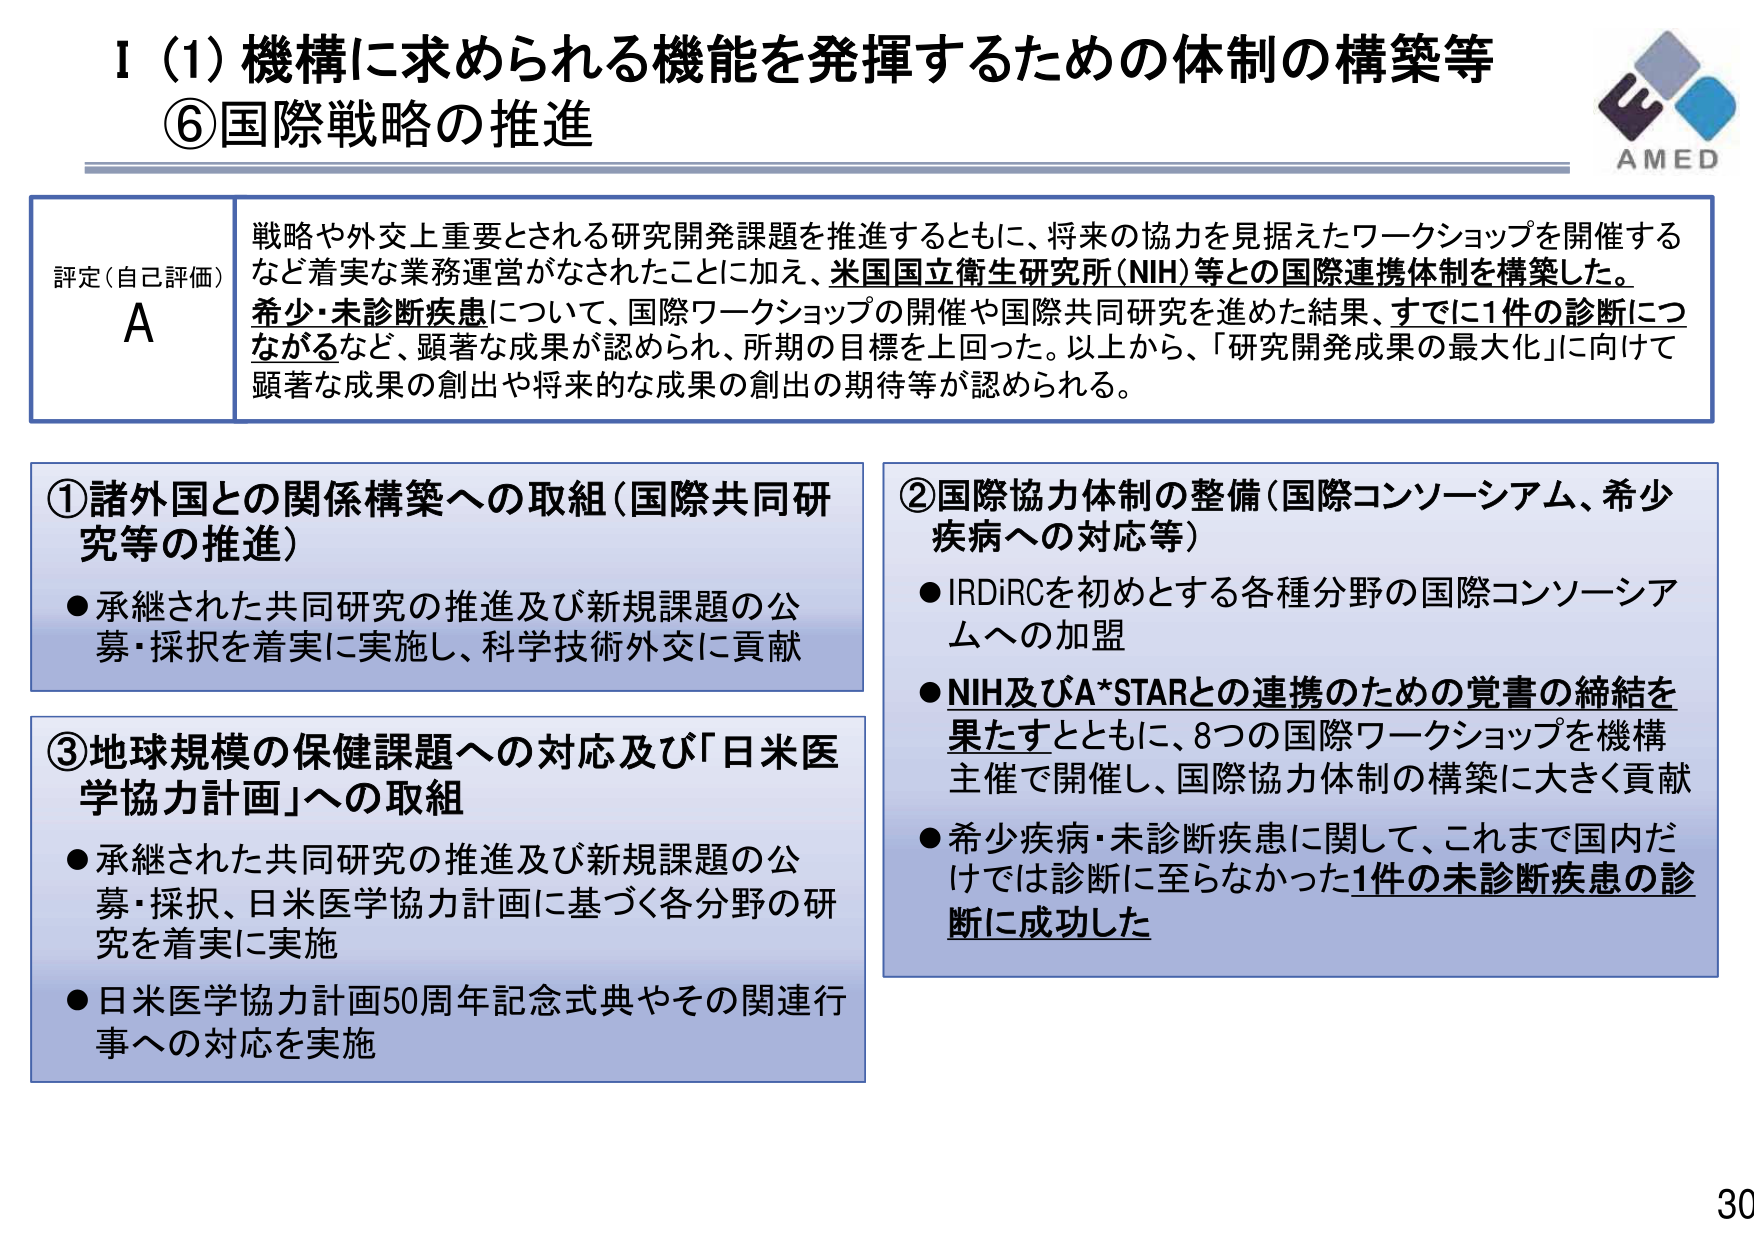
I（1）機構に求められる機能を発揮するための体制の構築等
⑥国際戦略の推進

AMED

評定（自己評価）
A
戦略や外交上重要とされる研究開発課題を推進するとともに、将来の協力を見据えたワークショップを開催するなど着実な業務運営がなされたことに加え、米国国立衛生研究所（NIH）等との国際連携体制を構築した。
希少・未診断疾患について、国際ワークショップの開催や国際共同研究を進めた結果、すでに1件の診断につながるなど、顕著な成果が認められ、所期の目標を上回った。以上から、「研究開発成果の最大化」に向けて顕著な成果の創出や将来的な成果の創出の期待等が認められる。

①諸外国との関係構築への取組（国際共同研究等の推進）
●承継された共同研究の推進及び新規課題の公募・採択を着実に実施し、科学技術外交に貢献

②国際協力体制の整備（国際コンソーシアム、希少疾病への対応等）
●IRDIRCを初めとする各種分野の国際コンソーシアムへの加盟
●NIH及びA*STARとの連携のための覚書の締結を果たすとともに、8つの国際ワークショップを機構主催で開催し、国際協力体制の構築に大きく貢献
●希少疾病・未診断疾患に関して、これまで国内だけでは診断に至らなかった1件の未診断疾患の診断に成功した

③地球規模の保健課題への対応及び「日米医学協力計画」への取組
●承継された共同研究の推進及び新規課題の公募・採択、日米医学協力計画に基づく各分野の研究を着実に実施
●日米医学協力計画50周年記念式典やその関連行事への対応を実施

30